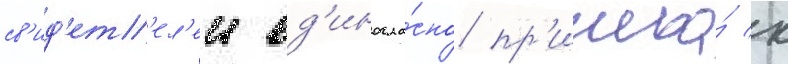
св'ид'ет'ел'еи ед'иногла́сно пр'ишла́ к